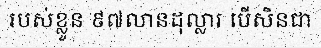
របស់ខ្លួន ៩៧លានដុល្លារ បើសិនជា